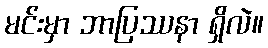
မင်းမှာ ဘာပြဿနာ ရှိလဲ။